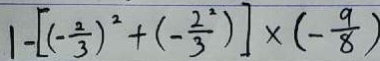
1 - [ ( - \frac { 2 } { 3 } ) ^ { 2 } + ( - \frac { 2 ^ { 2 } } { 3 } ) ] \times ( - \frac { 9 } { 8 } )